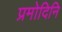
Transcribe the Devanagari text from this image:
प्रमोदिनि